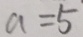
a = 5